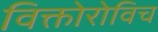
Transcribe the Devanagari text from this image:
विक्तोरोविच